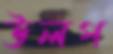
উলপ